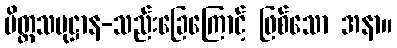
ပိတ္တသမုဋ္ဌာန-သည်းခြေကြောင့် ဖြစ်သော အနာ။